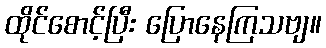
ထိုင်စောင့်ပြီး ပြောနေကြသဗျ။